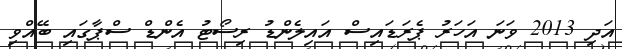
އަދި 2013 ވަނަ އަހަރު ޕެރަޑައިސް އައިލެންޑު ރިސޯޓު އެންޑް ސްޕާގައި ބޭއްވި